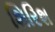
શિરિશ